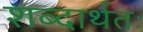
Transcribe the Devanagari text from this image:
शब्दार्थतः